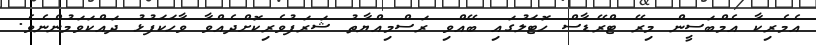
އެމެރިކާ އެމްބަސީން މިރޭ ޓްރޭޑާސް ހޮޓަލުގައި ބޭއްވި ރަސްމިއްޔާތު ޝަރަފުވެރިކޮށްދެއްވާ ވާހަކަފުޅު ދައްކަވަމުންނެވެ.